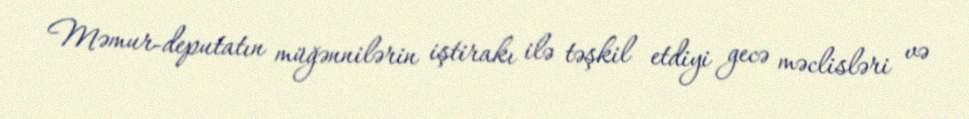
Məmur-deputatın müğənnilərin iştirakı ilə təşkil etdiyi gecə məclisləri və